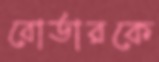
বোর্ডারকে